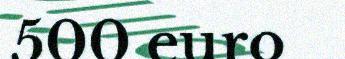
500 euro